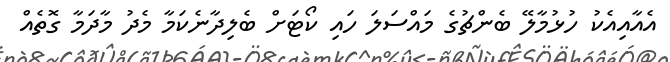
އެއާއިއެކު ހުޅުމާލޭ ބެންޗުގެ މައްސަލަ ހައި ކޯޓަށް ބެލިދާނެކަމާ މެދު މާދަމާ ގޮތެއް